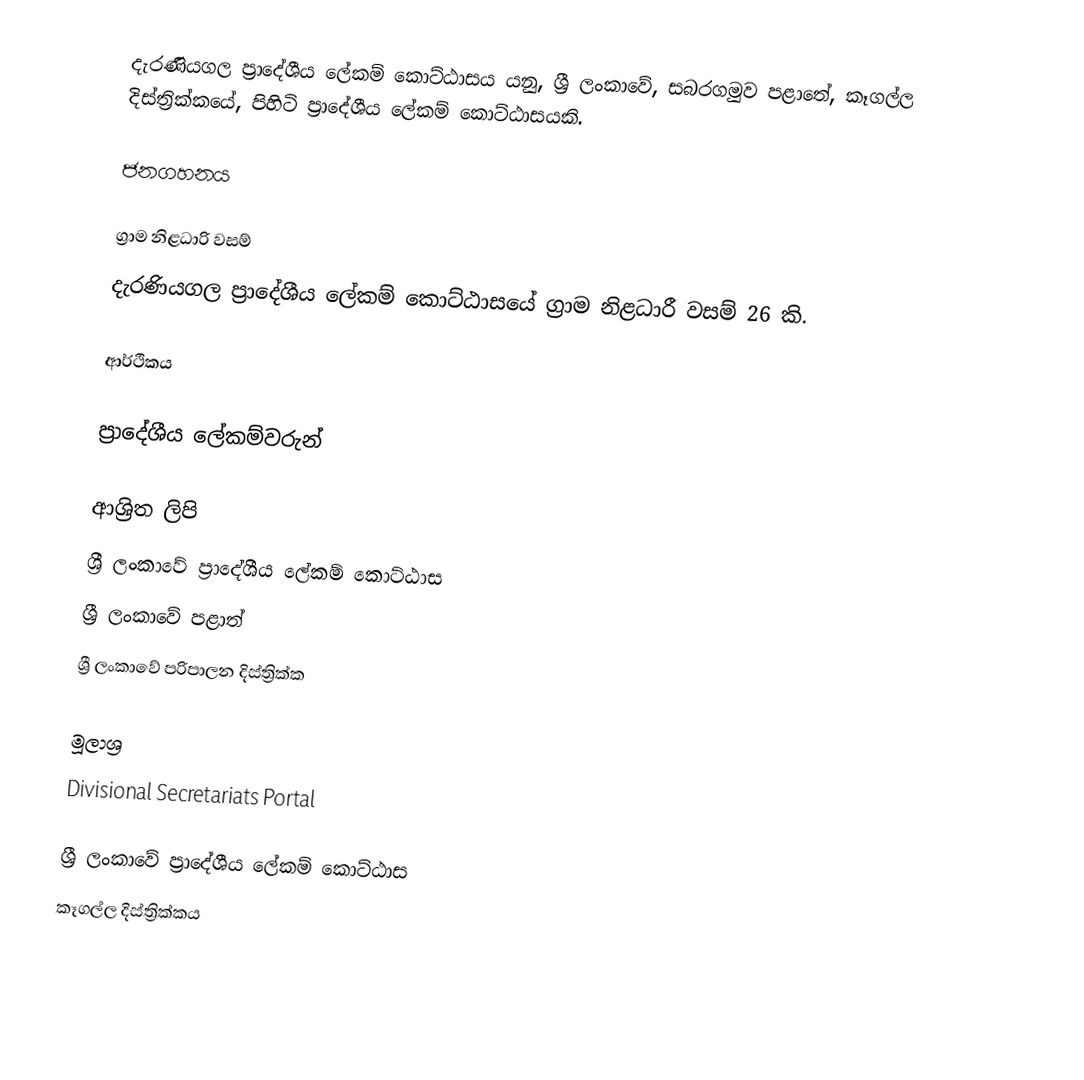
දැරණියගල ප්‍රාදේශීය ලේකම් කොට්ඨාසය යනු,  ශ්‍රී ලංකාවේ, සබරගමුව පළාතේ,   කෑගල්ල දිස්ත්‍රික්කයේ, පිහිටි ප්‍රාදේශීය ලේකම් කොට්ඨාසයකි.

ජනගහනය

ග්‍රාම නිළධාරි වසම්
දැරණියගල ප්‍රාදේශීය ලේකම් කොට්ඨාසයේ ග්‍රාම නිළධාරී වසම් 26 කි.

ආර්ථිකය

ප්‍රාදේශීය ලේකම්වරුන්

ආශ්‍රිත ලිපි
ශ්‍රී ලංකාවේ ප්‍රාදේශීය ලේකම් කොට්ඨාස
ශ්‍රී ලංකාවේ පළාත්
ශ්‍රී ලංකාවේ පරිපාලන දිස්ත්‍රික්ක

මූලාශ්‍ර
 Divisional Secretariats Portal

ශ්‍රී ලංකාවේ ප්‍රාදේශීය ලේකම් කොට්ඨාස
කෑගල්ල දිස්ත්‍රික්කය